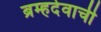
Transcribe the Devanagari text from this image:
ब्रम्हदेवाची